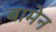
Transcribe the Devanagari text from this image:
बामेन